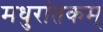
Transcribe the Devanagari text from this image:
मधुरांतकम्